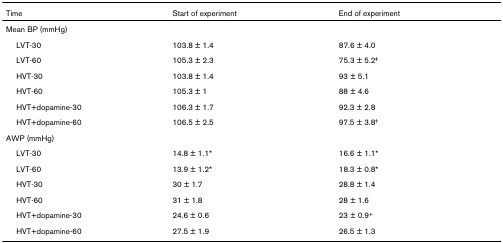
<table><thead><tr><td><b>Time</b></td><td><b>Start of experiment</b></td><td><b>End of experiment</b></td></tr></thead><tbody><tr><td>Mean BP (mmHg)</td><td></td><td></td></tr><tr><td> LVT-30</td><td>103.8 ± 1.4</td><td>87.6 ± 4.0</td></tr><tr><td> LVT-60</td><td>105.3 ± 2.3</td><td>75.3 ± 5.2<sup>‡</sup></td></tr><tr><td> HVT-30</td><td>103.8 ± 1.4</td><td>93 ± 5.1</td></tr><tr><td> HVT-60</td><td>105.3 ± 1</td><td>88 ± 4.6</td></tr><tr><td> HVT+dopamine-30</td><td>106.3 ± 1.7</td><td>92.3 ± 2.8</td></tr><tr><td> HVT+dopamine-60</td><td>106.5 ± 2.5</td><td>97.5 ± 3.8<sup>†</sup></td></tr><tr><td>AWP (mmHg)</td><td></td><td></td></tr><tr><td> LVT-30</td><td>14.8 ± 1.1*</td><td>16.6 ± 1.1*</td></tr><tr><td> LVT-60</td><td>13.9 ± 1.2*</td><td>18.3 ± 0.8*</td></tr><tr><td> HVT-30</td><td>30 ± 1.7</td><td>28.8 ± 1.4</td></tr><tr><td> HVT-60</td><td>31 ± 1.8</td><td>28 ± 1.6</td></tr><tr><td> HVT+dopamine-30</td><td>24.6 ± 0.6</td><td>23 ± 0.9<sup>+</sup></td></tr><tr><td> HVT+dopamine-60</td><td>27.5 ± 1.9</td><td>26.5 ± 1.3</td></tr></tbody></table>